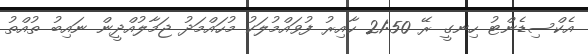
އެކްސިޑެންޓު ހިނގީ ރޭ 21:50 ހާއިރު ފުވައްމުލަކު މުހައްމަދު ޖަމާލުއްދީން ނައިބު ތުއްތު